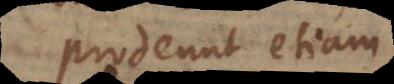
prodeunt etiam